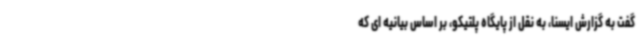
گفت به گزارش ایسنا، به نقل از پایگاه پلتیکو، بر اساس بیانیه ای که